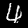
Digit: 4